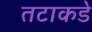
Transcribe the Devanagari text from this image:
तटाकडे